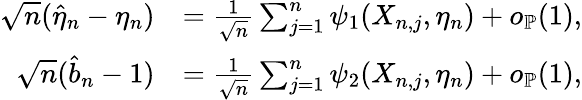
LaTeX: \begin{array}{rl}{\sqrt{n}(\widehat{\eta}_{n}-\eta_{n})}&{=\frac{1}{\sqrt{n}}\sum_{j=1}^{n}\psi_{1}(X_{n,j},\eta_{n})+o_{\mathbb{P}}(1),}\\ {\sqrt{n}(\widehat{b}_{n}-1)}&{=\frac{1}{\sqrt{n}}\sum_{j=1}^{n}\psi_{2}(X_{n,j},\eta_{n})+o_{\mathbb{P}}(1),}\end{array}